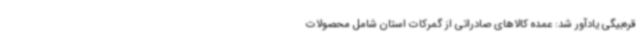
قره‌بیگی یادآور شد: عمده کالاهای صادراتی از گمرکات استان شامل محصولات